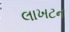
લાખટન